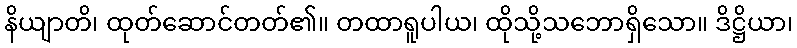
နိယျာတိ၊ ထုတ်ဆောင်တတ်၏။ တထာရူပါယ၊ ထိုသို့သဘောရှိသော။ ဒိဋ္ဌိယာ၊